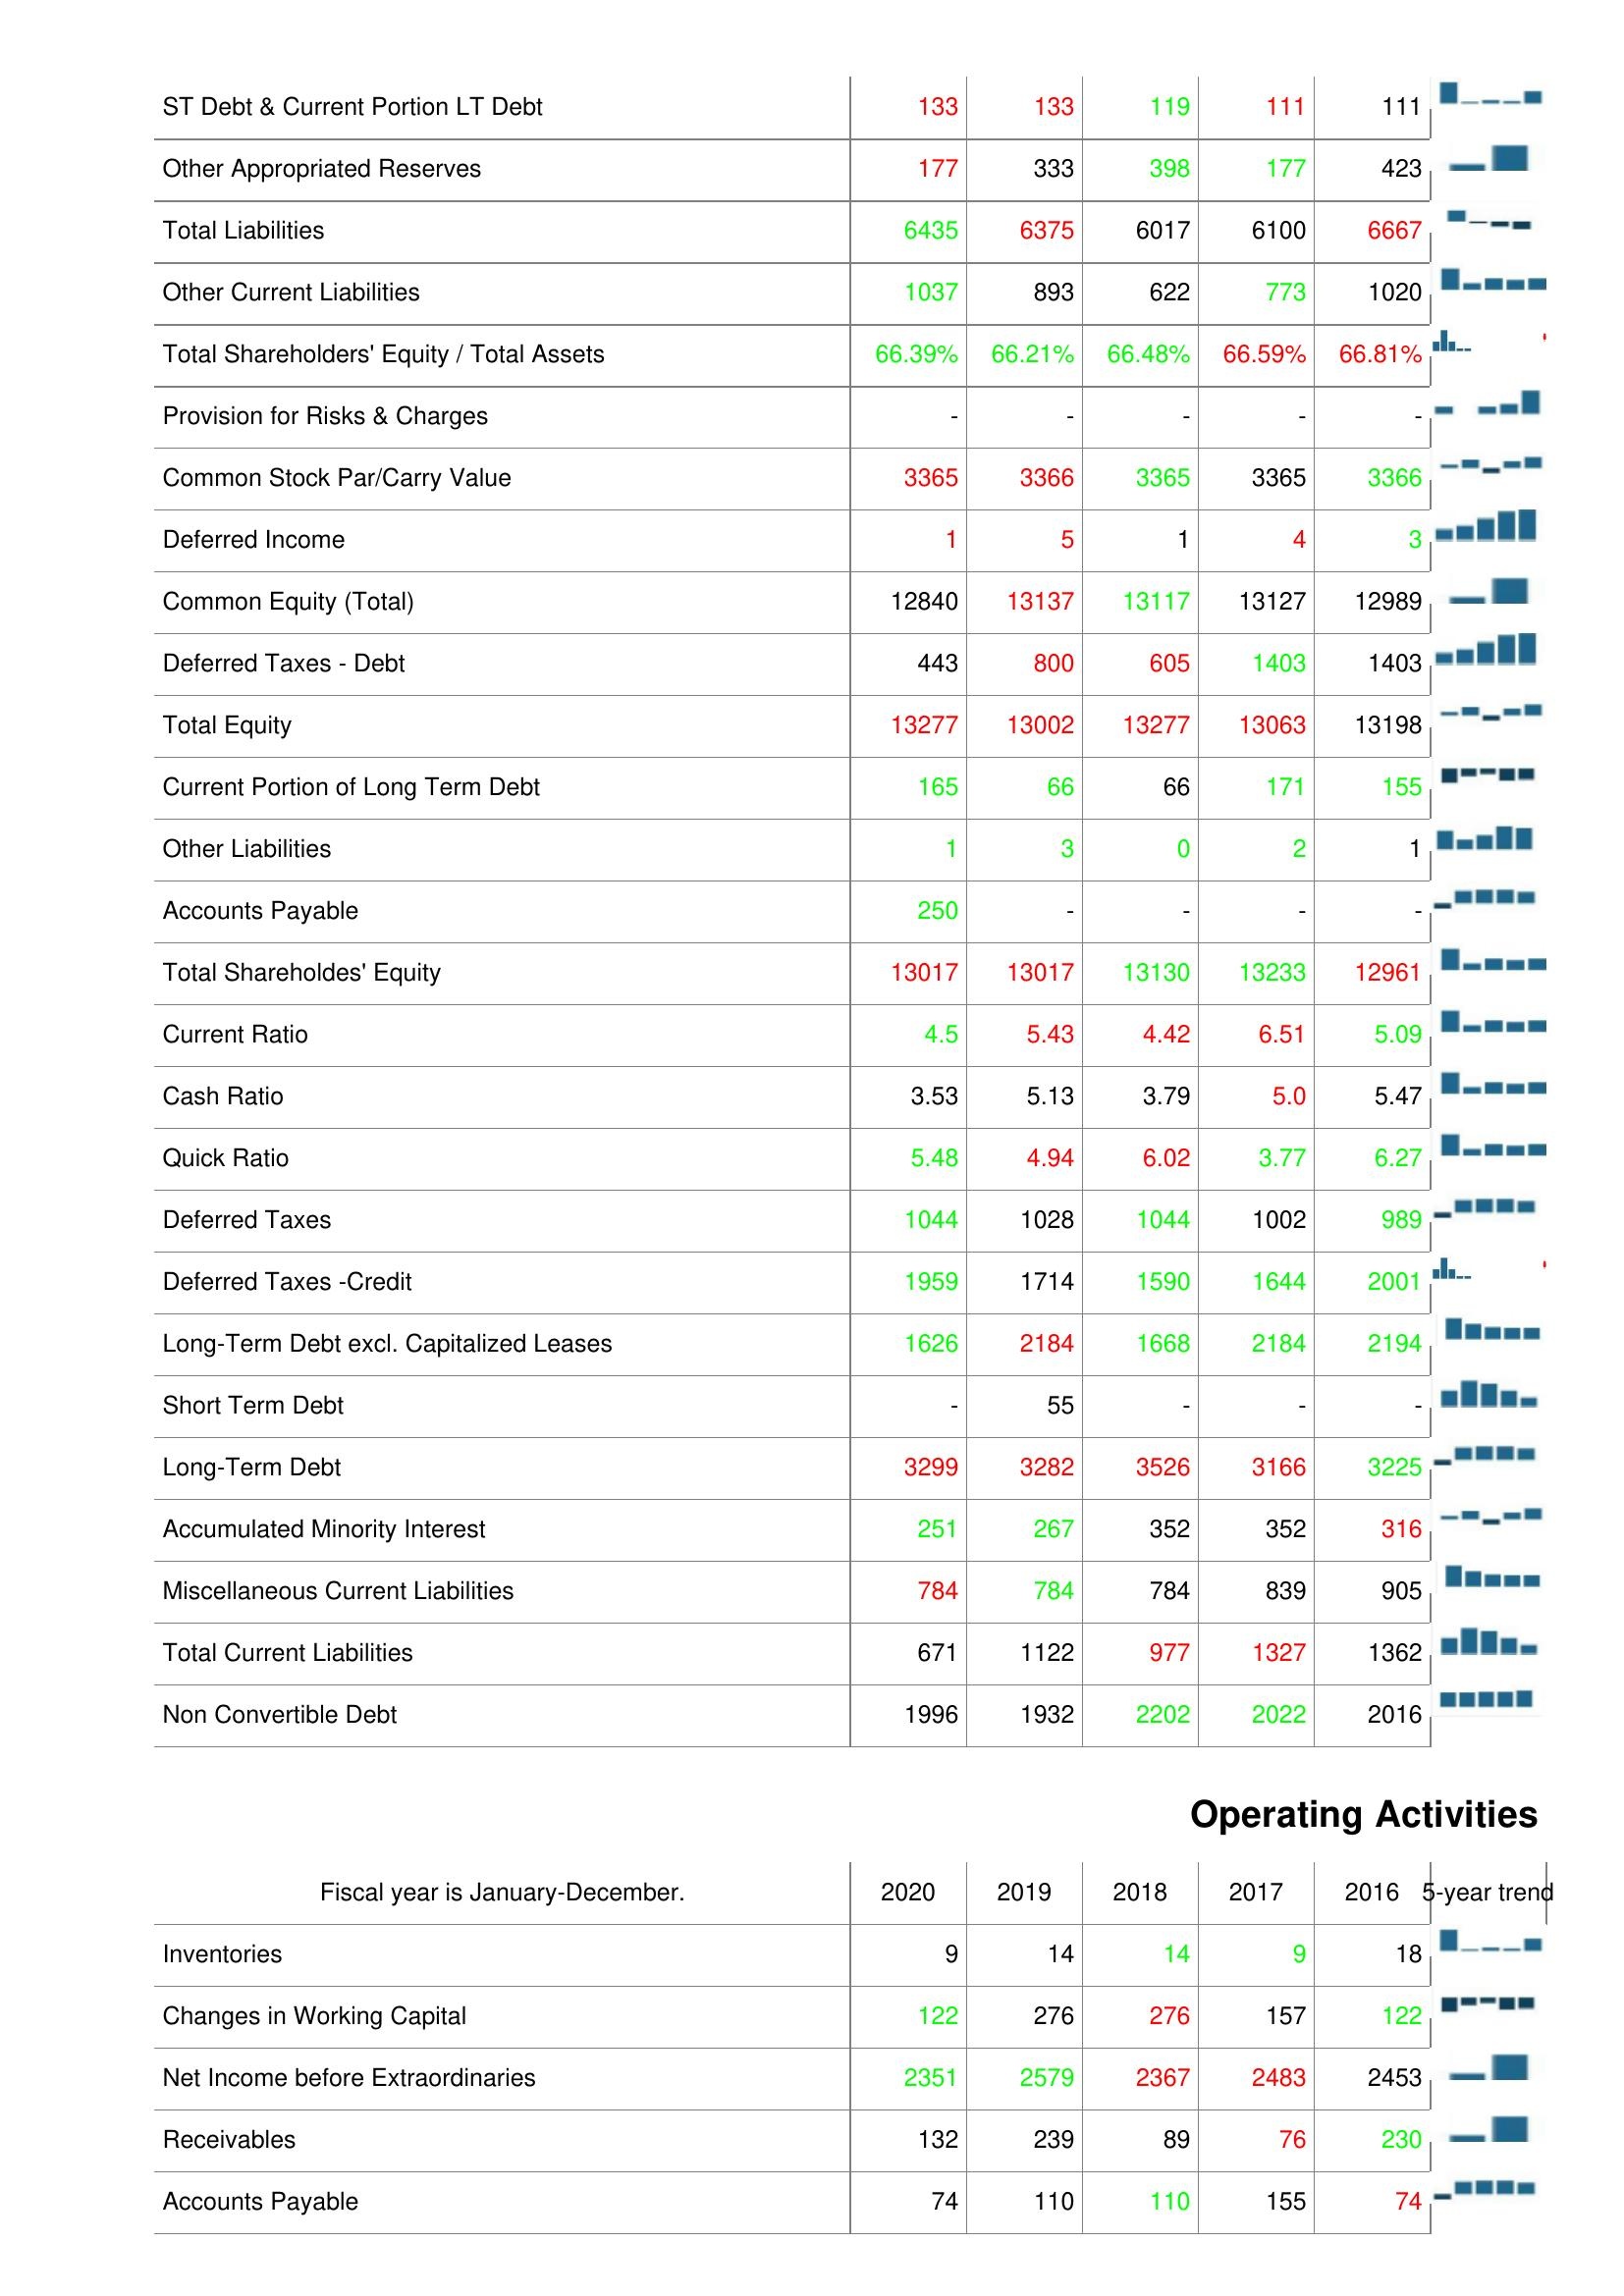
2020: Liabilities & Shareholder's Equity: ST Debt & Current Portion LT Debt: 133
Other Appropriated Reserves: 177
Total Liabilities: 6435
Other Current Liabilities: 1037
Total Shareholders' Equity / Total Assets: 66.39%
Provision for Risks & Charges: -
Common Stock Par/Carry Value: 3365
Deferred Income: 1
Common Equity (Total): 12840
Deferred Taxes - Debt: 443
Total Equity: 13277
Current Portion of Long Term Debt: 165
Other Liabilities: 1
Accounts Payable: 250
Total Shareholdes' Equity: 13017
Current Ratio: 4.5
Cash Ratio: 3.53
Quick Ratio: 5.48
Deferred Taxes: 1044
Deferred Taxes -Credit: 1959
Long-Term Debt excl. Capitalized Leases: 1626
Short Term Debt: -
Long-Term Debt: 3299
Accumulated Minority Interest: 251
Miscellaneous Current Liabilities: 784
Total Current Liabilities: 671
Non Convertible Debt: 1996
Operating Activities: Inventories: 9
Changes in Working Capital: 122
Net Income before Extraordinaries: 2351
Receivables: 132
Accounts Payable: 74
2019: Liabilities & Shareholder's Equity: ST Debt & Current Portion LT Debt: 133
Other Appropriated Reserves: 333
Total Liabilities: 6375
Other Current Liabilities: 893
Total Shareholders' Equity / Total Assets: 66.21%
Provision for Risks & Charges: -
Common Stock Par/Carry Value: 3366
Deferred Income: 5
Common Equity (Total): 13137
Deferred Taxes - Debt: 800
Total Equity: 13002
Current Portion of Long Term Debt: 66
Other Liabilities: 3
Accounts Payable: -
Total Shareholdes' Equity: 13017
Current Ratio: 5.43
Cash Ratio: 5.13
Quick Ratio: 4.94
Deferred Taxes: 1028
Deferred Taxes -Credit: 1714
Long-Term Debt excl. Capitalized Leases: 2184
Short Term Debt: 55
Long-Term Debt: 3282
Accumulated Minority Interest: 267
Miscellaneous Current Liabilities: 784
Total Current Liabilities: 1122
Non Convertible Debt: 1932
Operating Activities: Inventories: 14
Changes in Working Capital: 276
Net Income before Extraordinaries: 2579
Receivables: 239
Accounts Payable: 110
2018: Liabilities & Shareholder's Equity: ST Debt & Current Portion LT Debt: 119
Other Appropriated Reserves: 398
Total Liabilities: 6017
Other Current Liabilities: 622
Total Shareholders' Equity / Total Assets: 66.48%
Provision for Risks & Charges: -
Common Stock Par/Carry Value: 3365
Deferred Income: 1
Common Equity (Total): 13117
Deferred Taxes - Debt: 605
Total Equity: 13277
Current Portion of Long Term Debt: 66
Other Liabilities: 0
Accounts Payable: -
Total Shareholdes' Equity: 13130
Current Ratio: 4.42
Cash Ratio: 3.79
Quick Ratio: 6.02
Deferred Taxes: 1044
Deferred Taxes -Credit: 1590
Long-Term Debt excl. Capitalized Leases: 1668
Short Term Debt: -
Long-Term Debt: 3526
Accumulated Minority Interest: 352
Miscellaneous Current Liabilities: 784
Total Current Liabilities: 977
Non Convertible Debt: 2202
Operating Activities: Inventories: 14
Changes in Working Capital: 276
Net Income before Extraordinaries: 2367
Receivables: 89
Accounts Payable: 110
2017: Liabilities & Shareholder's Equity: ST Debt & Current Portion LT Debt: 111
Other Appropriated Reserves: 177
Total Liabilities: 6100
Other Current Liabilities: 773
Total Shareholders' Equity / Total Assets: 66.59%
Provision for Risks & Charges: -
Common Stock Par/Carry Value: 3365
Deferred Income: 4
Common Equity (Total): 13127
Deferred Taxes - Debt: 1403
Total Equity: 13063
Current Portion of Long Term Debt: 171
Other Liabilities: 2
Accounts Payable: -
Total Shareholdes' Equity: 13233
Current Ratio: 6.51
Cash Ratio: 5.0
Quick Ratio: 3.77
Deferred Taxes: 1002
Deferred Taxes -Credit: 1644
Long-Term Debt excl. Capitalized Leases: 2184
Short Term Debt: -
Long-Term Debt: 3166
Accumulated Minority Interest: 352
Miscellaneous Current Liabilities: 839
Total Current Liabilities: 1327
Non Convertible Debt: 2022
Operating Activities: Inventories: 9
Changes in Working Capital: 157
Net Income before Extraordinaries: 2483
Receivables: 76
Accounts Payable: 155
2016: Liabilities & Shareholder's Equity: ST Debt & Current Portion LT Debt: 111
Other Appropriated Reserves: 423
Total Liabilities: 6667
Other Current Liabilities: 1020
Total Shareholders' Equity / Total Assets: 66.81%
Provision for Risks & Charges: -
Common Stock Par/Carry Value: 3366
Deferred Income: 3
Common Equity (Total): 12989
Deferred Taxes - Debt: 1403
Total Equity: 13198
Current Portion of Long Term Debt: 155
Other Liabilities: 1
Accounts Payable: -
Total Shareholdes' Equity: 12961
Current Ratio: 5.09
Cash Ratio: 5.47
Quick Ratio: 6.27
Deferred Taxes: 989
Deferred Taxes -Credit: 2001
Long-Term Debt excl. Capitalized Leases: 2194
Short Term Debt: -
Long-Term Debt: 3225
Accumulated Minority Interest: 316
Miscellaneous Current Liabilities: 905
Total Current Liabilities: 1362
Non Convertible Debt: 2016
Operating Activities: Inventories: 18
Changes in Working Capital: 122
Net Income before Extraordinaries: 2453
Receivables: 230
Accounts Payable: 74